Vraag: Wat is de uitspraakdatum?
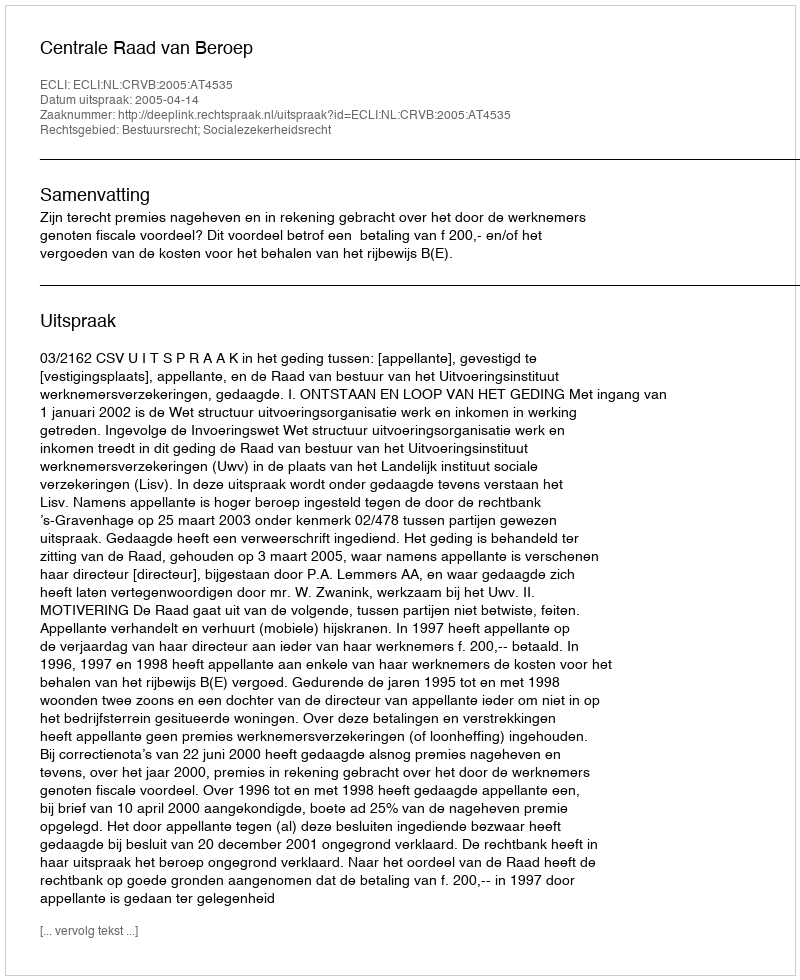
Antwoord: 2005-04-14